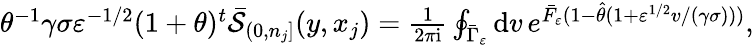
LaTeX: \textstyle\theta^{-1}\gamma\sigma\varepsilon^{-1/2}(1+\theta)^{t}\bar{\mathcal{S}}_{(0,n_{j}]}(y,x_{j})=\frac{1}{2\pi\mathrm{i}}\oint_{\bar{\Gamma}_{\varepsilon}}\mathrm{d}v\, e^{\bar{F}_{\varepsilon}(1-\hat{\theta}(1+\varepsilon^{1/2}v/(\gamma\sigma)))},